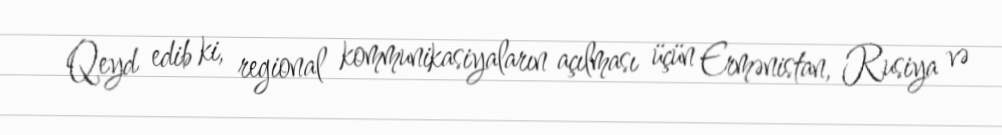
Qeyd edib ki, regional kommunikasiyaların açılması üçün Ermənistan, Rusiya və